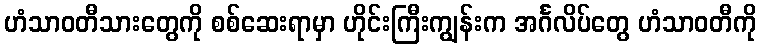
ဟံသာဝတီသားတွေကို စစ်ဆေးရာမှာ ဟိုင်းကြီးကျွန်းက အင်္ဂလိပ်တွေ ဟံသာဝတီကို